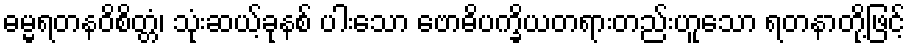
ဓမ္မရတနဝိစိတ္တံ၊ သုံးဆယ့်ခုနစ် ပါးသော ဗောဓိပက္ခိယတရားတည်းဟူသော ရတနာတို့ဖြင့်